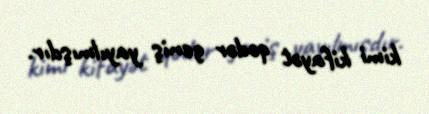
kimi kifayət qədər geniş yayılmışdır.